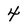
Character: 4